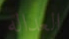
العداله